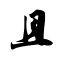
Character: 且